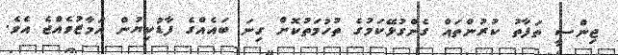
ޖިންސީ ތަފާތު ކުރުންތައް ގެންގުޅޭކަމުގެ ތުހުމަތުކޮށް ގިނަ ބައެއްގެ ފާޑުކިޔުން އަމާޒުވެއްޖެ އެވެ.